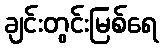
ချင်းတွင်းမြစ်ရေ